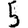
Digit: 5